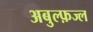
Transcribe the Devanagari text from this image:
अबुल्फ़ज्ल